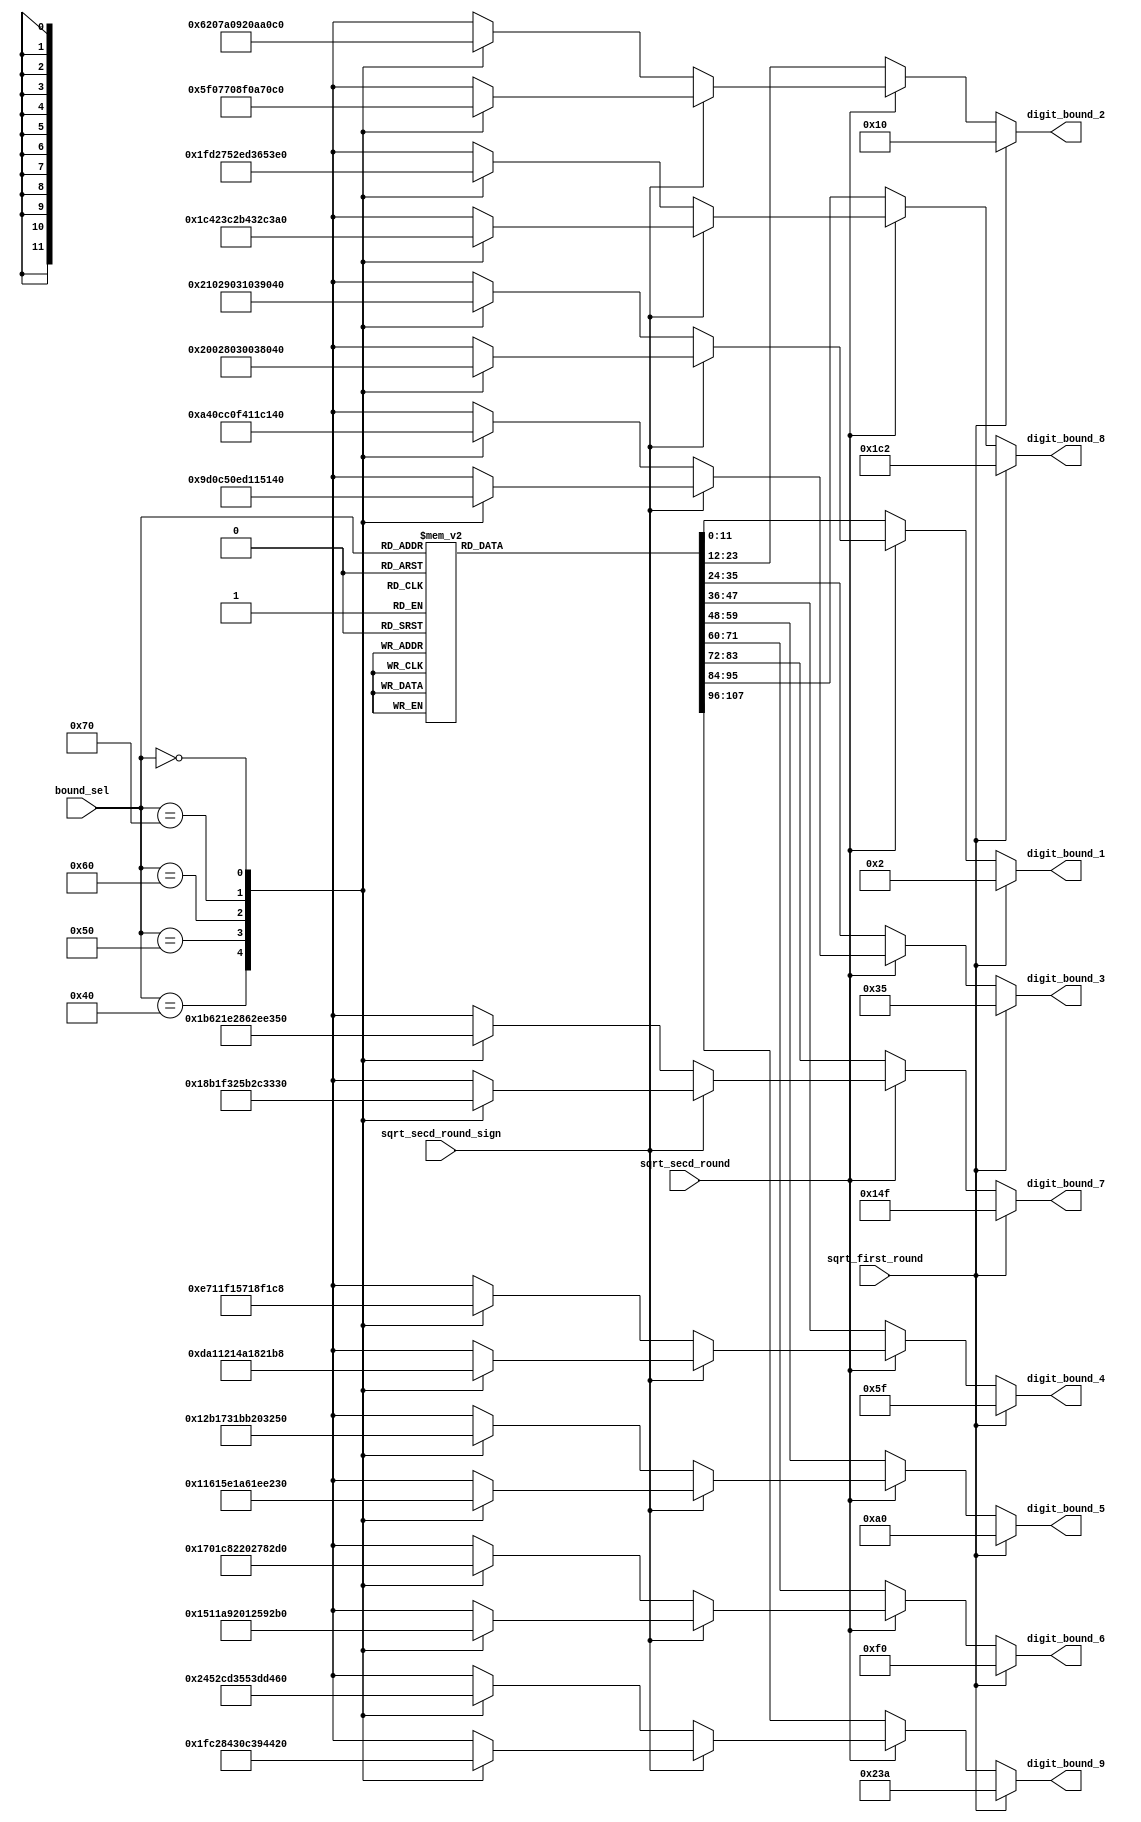
// This program was cloned from: https://github.com/T-head-Semi/openc910
// License: Apache License 2.0

/*Copyright 2019-2021 T-Head Semiconductor Co., Ltd.

Licensed under the Apache License, Version 2.0 (the "License");
you may not use this file except in compliance with the License.
You may obtain a copy of the License at

    http://www.apache.org/licenses/LICENSE-2.0

Unless required by applicable law or agreed to in writing, software
distributed under the License is distributed on an "AS IS" BASIS,
WITHOUT WARRANTIES OR CONDITIONS OF ANY KIND, either express or implied.
See the License for the specific language governing permissions and
limitations under the License.
*/

// &ModuleBeg; @22
module ct_vfdsu_srt_radix16_bound_table(
  bound_sel,
  digit_bound_1,
  digit_bound_2,
  digit_bound_3,
  digit_bound_4,
  digit_bound_5,
  digit_bound_6,
  digit_bound_7,
  digit_bound_8,
  digit_bound_9,
  sqrt_first_round,
  sqrt_secd_round,
  sqrt_secd_round_sign
);

// &Ports; @23
input   [6 :0]  bound_sel;           
input           sqrt_first_round;    
input           sqrt_secd_round;     
input           sqrt_secd_round_sign; 
output  [11:0]  digit_bound_1;       
output  [11:0]  digit_bound_2;       
output  [11:0]  digit_bound_3;       
output  [11:0]  digit_bound_4;       
output  [11:0]  digit_bound_5;       
output  [11:0]  digit_bound_6;       
output  [11:0]  digit_bound_7;       
output  [11:0]  digit_bound_8;       
output  [11:0]  digit_bound_9;       

// &Regs; @24
reg     [11:0]  ori_digit_bound_1;   
reg     [11:0]  ori_digit_bound_2;   
reg     [11:0]  ori_digit_bound_3;   
reg     [11:0]  ori_digit_bound_4;   
reg     [11:0]  ori_digit_bound_5;   
reg     [11:0]  ori_digit_bound_6;   
reg     [11:0]  ori_digit_bound_7;   
reg     [11:0]  ori_digit_bound_8;   
reg     [11:0]  ori_digit_bound_9;   
reg     [11:0]  sqrt_digit_boundm2_1; 
reg     [11:0]  sqrt_digit_boundm2_2; 
reg     [11:0]  sqrt_digit_boundm2_3; 
reg     [11:0]  sqrt_digit_boundm2_4; 
reg     [11:0]  sqrt_digit_boundm2_5; 
reg     [11:0]  sqrt_digit_boundm2_6; 
reg     [11:0]  sqrt_digit_boundm2_7; 
reg     [11:0]  sqrt_digit_boundm2_8; 
reg     [11:0]  sqrt_digit_boundm2_9; 
reg     [11:0]  sqrt_digit_boundp2_1; 
reg     [11:0]  sqrt_digit_boundp2_2; 
reg     [11:0]  sqrt_digit_boundp2_3; 
reg     [11:0]  sqrt_digit_boundp2_4; 
reg     [11:0]  sqrt_digit_boundp2_5; 
reg     [11:0]  sqrt_digit_boundp2_6; 
reg     [11:0]  sqrt_digit_boundp2_7; 
reg     [11:0]  sqrt_digit_boundp2_8; 
reg     [11:0]  sqrt_digit_boundp2_9; 

// &Wires; @25
wire    [6 :0]  bound_sel;           
wire    [11:0]  digit_bound_1;       
wire    [11:0]  digit_bound_2;       
wire    [11:0]  digit_bound_3;       
wire    [11:0]  digit_bound_4;       
wire    [11:0]  digit_bound_5;       
wire    [11:0]  digit_bound_6;       
wire    [11:0]  digit_bound_7;       
wire    [11:0]  digit_bound_8;       
wire    [11:0]  digit_bound_9;       
wire    [11:0]  sqrt_digit_bound2_1; 
wire    [11:0]  sqrt_digit_bound2_2; 
wire    [11:0]  sqrt_digit_bound2_3; 
wire    [11:0]  sqrt_digit_bound2_4; 
wire    [11:0]  sqrt_digit_bound2_5; 
wire    [11:0]  sqrt_digit_bound2_6; 
wire    [11:0]  sqrt_digit_bound2_7; 
wire    [11:0]  sqrt_digit_bound2_8; 
wire    [11:0]  sqrt_digit_bound2_9; 
wire            sqrt_first_round;    
wire            sqrt_secd_round;     
wire            sqrt_secd_round_sign; 


// &CombBeg; @27
always @( bound_sel[6:0])
begin
case(bound_sel[6:0])
  	7'h40:
	begin
		ori_digit_bound_1[11:0] = 12'h1b;//27
		ori_digit_bound_2[11:0] = 12'h5c;//92
		ori_digit_bound_3[11:0] = 12'h9d;//157
		ori_digit_bound_4[11:0] = 12'hde;//222
		ori_digit_bound_5[11:0] = 12'h120;//288
		ori_digit_bound_6[11:0] = 12'h161;//353
		ori_digit_bound_7[11:0] = 12'h1a2;//418
		ori_digit_bound_8[11:0] = 12'h1e3;//483
		ori_digit_bound_9[11:0] = 12'h225;//549

	end
	7'h41:
	begin
		ori_digit_bound_1[11:0] = 12'h1b;//27
		ori_digit_bound_2[11:0] = 12'h5d;//93
		ori_digit_bound_3[11:0] = 12'ha0;//160
		ori_digit_bound_4[11:0] = 12'he2;//226
		ori_digit_bound_5[11:0] = 12'h124;//292
		ori_digit_bound_6[11:0] = 12'h166;//358
		ori_digit_bound_7[11:0] = 12'h1a9;//425
		ori_digit_bound_8[11:0] = 12'h1eb;//491
		ori_digit_bound_9[11:0] = 12'h22d;//557

	end
	7'h42:
	begin
		ori_digit_bound_1[11:0] = 12'h1b;//27
		ori_digit_bound_2[11:0] = 12'h5f;//95
		ori_digit_bound_3[11:0] = 12'ha2;//162
		ori_digit_bound_4[11:0] = 12'he5;//229
		ori_digit_bound_5[11:0] = 12'h128;//296
		ori_digit_bound_6[11:0] = 12'h16c;//364
		ori_digit_bound_7[11:0] = 12'h1af;//431
		ori_digit_bound_8[11:0] = 12'h1f2;//498
		ori_digit_bound_9[11:0] = 12'h236;//566

	end
	7'h43:
	begin
		ori_digit_bound_1[11:0] = 12'h1c;//28
		ori_digit_bound_2[11:0] = 12'h60;//96
		ori_digit_bound_3[11:0] = 12'ha4;//164
		ori_digit_bound_4[11:0] = 12'he9;//233
		ori_digit_bound_5[11:0] = 12'h12d;//301
		ori_digit_bound_6[11:0] = 12'h171;//369
		ori_digit_bound_7[11:0] = 12'h1b5;//437
		ori_digit_bound_8[11:0] = 12'h1fa;//506
		ori_digit_bound_9[11:0] = 12'h23e;//574

	end
	7'h44:
	begin
		ori_digit_bound_1[11:0] = 12'h1c;//28
		ori_digit_bound_2[11:0] = 12'h61;//97
		ori_digit_bound_3[11:0] = 12'ha7;//167
		ori_digit_bound_4[11:0] = 12'hec;//236
		ori_digit_bound_5[11:0] = 12'h131;//305
		ori_digit_bound_6[11:0] = 12'h177;//375
		ori_digit_bound_7[11:0] = 12'h1bc;//444
		ori_digit_bound_8[11:0] = 12'h201;//513
		ori_digit_bound_9[11:0] = 12'h246;//582

	end
	7'h45:
	begin
		ori_digit_bound_1[11:0] = 12'h1d;//29
		ori_digit_bound_2[11:0] = 12'h63;//99
		ori_digit_bound_3[11:0] = 12'ha9;//169
		ori_digit_bound_4[11:0] = 12'hef;//239
		ori_digit_bound_5[11:0] = 12'h136;//310
		ori_digit_bound_6[11:0] = 12'h17c;//380
		ori_digit_bound_7[11:0] = 12'h1c2;//450
		ori_digit_bound_8[11:0] = 12'h208;//520
		ori_digit_bound_9[11:0] = 12'h24f;//591

	end
	7'h46:
	begin
		ori_digit_bound_1[11:0] = 12'h1d;//29
		ori_digit_bound_2[11:0] = 12'h64;//100
		ori_digit_bound_3[11:0] = 12'hac;//172
		ori_digit_bound_4[11:0] = 12'hf3;//243
		ori_digit_bound_5[11:0] = 12'h13a;//314
		ori_digit_bound_6[11:0] = 12'h181;//385
		ori_digit_bound_7[11:0] = 12'h1c9;//457
		ori_digit_bound_8[11:0] = 12'h210;//528
		ori_digit_bound_9[11:0] = 12'h257;//599

	end
	7'h47:
	begin
		ori_digit_bound_1[11:0] = 12'h1d;//29
		ori_digit_bound_2[11:0] = 12'h66;//102
		ori_digit_bound_3[11:0] = 12'hae;//174
		ori_digit_bound_4[11:0] = 12'hf6;//246
		ori_digit_bound_5[11:0] = 12'h13e;//318
		ori_digit_bound_6[11:0] = 12'h187;//391
		ori_digit_bound_7[11:0] = 12'h1cf;//463
		ori_digit_bound_8[11:0] = 12'h217;//535
		ori_digit_bound_9[11:0] = 12'h260;//608

	end
	7'h48:
	begin
		ori_digit_bound_1[11:0] = 12'h1e;//30
		ori_digit_bound_2[11:0] = 12'h67;//103
		ori_digit_bound_3[11:0] = 12'hb0;//176
		ori_digit_bound_4[11:0] = 12'hfa;//250
		ori_digit_bound_5[11:0] = 12'h143;//323
		ori_digit_bound_6[11:0] = 12'h18c;//396
		ori_digit_bound_7[11:0] = 12'h1d5;//469
		ori_digit_bound_8[11:0] = 12'h21f;//543
		ori_digit_bound_9[11:0] = 12'h268;//616

	end
	7'h49:
	begin
		ori_digit_bound_1[11:0] = 12'h1e;//30
		ori_digit_bound_2[11:0] = 12'h68;//104
		ori_digit_bound_3[11:0] = 12'hb3;//179
		ori_digit_bound_4[11:0] = 12'hfd;//253
		ori_digit_bound_5[11:0] = 12'h147;//327
		ori_digit_bound_6[11:0] = 12'h192;//402
		ori_digit_bound_7[11:0] = 12'h1dc;//476
		ori_digit_bound_8[11:0] = 12'h226;//550
		ori_digit_bound_9[11:0] = 12'h270;//624

	end
	7'h4a:
	begin
		ori_digit_bound_1[11:0] = 12'h1f;//31
		ori_digit_bound_2[11:0] = 12'h6a;//106
		ori_digit_bound_3[11:0] = 12'hb5;//181
		ori_digit_bound_4[11:0] = 12'h100;//256
		ori_digit_bound_5[11:0] = 12'h14c;//332
		ori_digit_bound_6[11:0] = 12'h197;//407
		ori_digit_bound_7[11:0] = 12'h1e2;//482
		ori_digit_bound_8[11:0] = 12'h22d;//557
		ori_digit_bound_9[11:0] = 12'h279;//633

	end
	7'h4b:
	begin
		ori_digit_bound_1[11:0] = 12'h1f;//31
		ori_digit_bound_2[11:0] = 12'h6b;//107
		ori_digit_bound_3[11:0] = 12'hb8;//184
		ori_digit_bound_4[11:0] = 12'h104;//260
		ori_digit_bound_5[11:0] = 12'h150;//336
		ori_digit_bound_6[11:0] = 12'h19c;//412
		ori_digit_bound_7[11:0] = 12'h1e9;//489
		ori_digit_bound_8[11:0] = 12'h235;//565
		ori_digit_bound_9[11:0] = 12'h281;//641

	end
	7'h4c:
	begin
		ori_digit_bound_1[11:0] = 12'h1f;//31
		ori_digit_bound_2[11:0] = 12'h6d;//109
		ori_digit_bound_3[11:0] = 12'hba;//186
		ori_digit_bound_4[11:0] = 12'h107;//263
		ori_digit_bound_5[11:0] = 12'h154;//340
		ori_digit_bound_6[11:0] = 12'h1a2;//418
		ori_digit_bound_7[11:0] = 12'h1ef;//495
		ori_digit_bound_8[11:0] = 12'h23c;//572
		ori_digit_bound_9[11:0] = 12'h28a;//650

	end
	7'h4d:
	begin
		ori_digit_bound_1[11:0] = 12'h20;//32
		ori_digit_bound_2[11:0] = 12'h6e;//110
		ori_digit_bound_3[11:0] = 12'hbc;//188
		ori_digit_bound_4[11:0] = 12'h10b;//267
		ori_digit_bound_5[11:0] = 12'h159;//345
		ori_digit_bound_6[11:0] = 12'h1a7;//423
		ori_digit_bound_7[11:0] = 12'h1f5;//501
		ori_digit_bound_8[11:0] = 12'h244;//580
		ori_digit_bound_9[11:0] = 12'h292;//658

	end
	7'h4e:
	begin
		ori_digit_bound_1[11:0] = 12'h20;//32
		ori_digit_bound_2[11:0] = 12'h6f;//111
		ori_digit_bound_3[11:0] = 12'hbf;//191
		ori_digit_bound_4[11:0] = 12'h10e;//270
		ori_digit_bound_5[11:0] = 12'h15d;//349
		ori_digit_bound_6[11:0] = 12'h1ad;//429
		ori_digit_bound_7[11:0] = 12'h1fc;//508
		ori_digit_bound_8[11:0] = 12'h24b;//587
		ori_digit_bound_9[11:0] = 12'h29a;//666

	end
	7'h4f:
	begin
		ori_digit_bound_1[11:0] = 12'h21;//33
		ori_digit_bound_2[11:0] = 12'h71;//113
		ori_digit_bound_3[11:0] = 12'hc1;//193
		ori_digit_bound_4[11:0] = 12'h111;//273
		ori_digit_bound_5[11:0] = 12'h162;//354
		ori_digit_bound_6[11:0] = 12'h1b2;//434
		ori_digit_bound_7[11:0] = 12'h202;//514
		ori_digit_bound_8[11:0] = 12'h252;//594
		ori_digit_bound_9[11:0] = 12'h2a3;//675

	end
	7'h50:
	begin
		ori_digit_bound_1[11:0] = 12'h21;//33
		ori_digit_bound_2[11:0] = 12'h72;//114
		ori_digit_bound_3[11:0] = 12'hc4;//196
		ori_digit_bound_4[11:0] = 12'h115;//277
		ori_digit_bound_5[11:0] = 12'h166;//358
		ori_digit_bound_6[11:0] = 12'h1b7;//439
		ori_digit_bound_7[11:0] = 12'h209;//521
		ori_digit_bound_8[11:0] = 12'h25a;//602
		ori_digit_bound_9[11:0] = 12'h2ab;//683

	end
	7'h51:
	begin
		ori_digit_bound_1[11:0] = 12'h21;//33
		ori_digit_bound_2[11:0] = 12'h74;//116
		ori_digit_bound_3[11:0] = 12'hc6;//198
		ori_digit_bound_4[11:0] = 12'h118;//280
		ori_digit_bound_5[11:0] = 12'h16a;//362
		ori_digit_bound_6[11:0] = 12'h1bd;//445
		ori_digit_bound_7[11:0] = 12'h20f;//527
		ori_digit_bound_8[11:0] = 12'h261;//609
		ori_digit_bound_9[11:0] = 12'h2b4;//692

	end
	7'h52:
	begin
		ori_digit_bound_1[11:0] = 12'h22;//34
		ori_digit_bound_2[11:0] = 12'h75;//117
		ori_digit_bound_3[11:0] = 12'hc8;//200
		ori_digit_bound_4[11:0] = 12'h11c;//284
		ori_digit_bound_5[11:0] = 12'h16f;//367
		ori_digit_bound_6[11:0] = 12'h1c2;//450
		ori_digit_bound_7[11:0] = 12'h215;//533
		ori_digit_bound_8[11:0] = 12'h269;//617
		ori_digit_bound_9[11:0] = 12'h2bc;//700

	end
	7'h53:
	begin
		ori_digit_bound_1[11:0] = 12'h22;//34
		ori_digit_bound_2[11:0] = 12'h76;//118
		ori_digit_bound_3[11:0] = 12'hcb;//203
		ori_digit_bound_4[11:0] = 12'h11f;//287
		ori_digit_bound_5[11:0] = 12'h173;//371
		ori_digit_bound_6[11:0] = 12'h1c8;//456
		ori_digit_bound_7[11:0] = 12'h21c;//540
		ori_digit_bound_8[11:0] = 12'h270;//624
		ori_digit_bound_9[11:0] = 12'h2c4;//708

	end
	7'h54:
	begin
		ori_digit_bound_1[11:0] = 12'h23;//35
		ori_digit_bound_2[11:0] = 12'h78;//120
		ori_digit_bound_3[11:0] = 12'hcd;//205
		ori_digit_bound_4[11:0] = 12'h122;//290
		ori_digit_bound_5[11:0] = 12'h178;//376
		ori_digit_bound_6[11:0] = 12'h1cd;//461
		ori_digit_bound_7[11:0] = 12'h222;//546
		ori_digit_bound_8[11:0] = 12'h277;//631
		ori_digit_bound_9[11:0] = 12'h2cd;//717

	end
	7'h55:
	begin
		ori_digit_bound_1[11:0] = 12'h23;//35
		ori_digit_bound_2[11:0] = 12'h79;//121
		ori_digit_bound_3[11:0] = 12'hd0;//208
		ori_digit_bound_4[11:0] = 12'h126;//294
		ori_digit_bound_5[11:0] = 12'h17c;//380
		ori_digit_bound_6[11:0] = 12'h1d2;//466
		ori_digit_bound_7[11:0] = 12'h229;//553
		ori_digit_bound_8[11:0] = 12'h27f;//639
		ori_digit_bound_9[11:0] = 12'h2d5;//725

	end
	7'h56:
	begin
		ori_digit_bound_1[11:0] = 12'h23;//35
		ori_digit_bound_2[11:0] = 12'h7b;//123
		ori_digit_bound_3[11:0] = 12'hd2;//210
		ori_digit_bound_4[11:0] = 12'h129;//297
		ori_digit_bound_5[11:0] = 12'h180;//384
		ori_digit_bound_6[11:0] = 12'h1d8;//472
		ori_digit_bound_7[11:0] = 12'h22f;//559
		ori_digit_bound_8[11:0] = 12'h286;//646
		ori_digit_bound_9[11:0] = 12'h2de;//734

	end
	7'h57:
	begin
		ori_digit_bound_1[11:0] = 12'h24;//36
		ori_digit_bound_2[11:0] = 12'h7c;//124
		ori_digit_bound_3[11:0] = 12'hd4;//212
		ori_digit_bound_4[11:0] = 12'h12d;//301
		ori_digit_bound_5[11:0] = 12'h185;//389
		ori_digit_bound_6[11:0] = 12'h1dd;//477
		ori_digit_bound_7[11:0] = 12'h235;//565
		ori_digit_bound_8[11:0] = 12'h28e;//654
		ori_digit_bound_9[11:0] = 12'h2e6;//742

	end
	7'h58:
	begin
		ori_digit_bound_1[11:0] = 12'h24;//36
		ori_digit_bound_2[11:0] = 12'h7d;//125
		ori_digit_bound_3[11:0] = 12'hd7;//215
		ori_digit_bound_4[11:0] = 12'h130;//304
		ori_digit_bound_5[11:0] = 12'h189;//393
		ori_digit_bound_6[11:0] = 12'h1e3;//483
		ori_digit_bound_7[11:0] = 12'h23c;//572
		ori_digit_bound_8[11:0] = 12'h295;//661
		ori_digit_bound_9[11:0] = 12'h2ee;//750

	end
	7'h59:
	begin
		ori_digit_bound_1[11:0] = 12'h25;//37
		ori_digit_bound_2[11:0] = 12'h7f;//127
		ori_digit_bound_3[11:0] = 12'hd9;//217
		ori_digit_bound_4[11:0] = 12'h133;//307
		ori_digit_bound_5[11:0] = 12'h18e;//398
		ori_digit_bound_6[11:0] = 12'h1e8;//488
		ori_digit_bound_7[11:0] = 12'h242;//578
		ori_digit_bound_8[11:0] = 12'h29c;//668
		ori_digit_bound_9[11:0] = 12'h2f7;//759

	end
	7'h5a:
	begin
		ori_digit_bound_1[11:0] = 12'h25;//37
		ori_digit_bound_2[11:0] = 12'h80;//128
		ori_digit_bound_3[11:0] = 12'hdc;//220
		ori_digit_bound_4[11:0] = 12'h137;//311
		ori_digit_bound_5[11:0] = 12'h192;//402
		ori_digit_bound_6[11:0] = 12'h1ed;//493
		ori_digit_bound_7[11:0] = 12'h249;//585
		ori_digit_bound_8[11:0] = 12'h2a4;//676
		ori_digit_bound_9[11:0] = 12'h2ff;//767

	end
	7'h5b:
	begin
		ori_digit_bound_1[11:0] = 12'h25;//37
		ori_digit_bound_2[11:0] = 12'h82;//130
		ori_digit_bound_3[11:0] = 12'hde;//222
		ori_digit_bound_4[11:0] = 12'h13a;//314
		ori_digit_bound_5[11:0] = 12'h196;//406
		ori_digit_bound_6[11:0] = 12'h1f3;//499
		ori_digit_bound_7[11:0] = 12'h24f;//591
		ori_digit_bound_8[11:0] = 12'h2ab;//683
		ori_digit_bound_9[11:0] = 12'h308;//776

	end
	7'h5c:
	begin
		ori_digit_bound_1[11:0] = 12'h26;//38
		ori_digit_bound_2[11:0] = 12'h83;//131
		ori_digit_bound_3[11:0] = 12'he0;//224
		ori_digit_bound_4[11:0] = 12'h13e;//318
		ori_digit_bound_5[11:0] = 12'h19b;//411
		ori_digit_bound_6[11:0] = 12'h1f8;//504
		ori_digit_bound_7[11:0] = 12'h255;//597
		ori_digit_bound_8[11:0] = 12'h2b3;//691
		ori_digit_bound_9[11:0] = 12'h310;//784

	end
	7'h5d:
	begin
		ori_digit_bound_1[11:0] = 12'h26;//38
		ori_digit_bound_2[11:0] = 12'h84;//132
		ori_digit_bound_3[11:0] = 12'he3;//227
		ori_digit_bound_4[11:0] = 12'h141;//321
		ori_digit_bound_5[11:0] = 12'h19f;//415
		ori_digit_bound_6[11:0] = 12'h1fe;//510
		ori_digit_bound_7[11:0] = 12'h25c;//604
		ori_digit_bound_8[11:0] = 12'h2ba;//698
		ori_digit_bound_9[11:0] = 12'h318;//792

	end
	7'h5e:
	begin
		ori_digit_bound_1[11:0] = 12'h27;//39
		ori_digit_bound_2[11:0] = 12'h86;//134
		ori_digit_bound_3[11:0] = 12'he5;//229
		ori_digit_bound_4[11:0] = 12'h144;//324
		ori_digit_bound_5[11:0] = 12'h1a4;//420
		ori_digit_bound_6[11:0] = 12'h203;//515
		ori_digit_bound_7[11:0] = 12'h262;//610
		ori_digit_bound_8[11:0] = 12'h2c1;//705
		ori_digit_bound_9[11:0] = 12'h321;//801

	end
	7'h5f:
	begin
		ori_digit_bound_1[11:0] = 12'h27;//39
		ori_digit_bound_2[11:0] = 12'h87;//135
		ori_digit_bound_3[11:0] = 12'he8;//232
		ori_digit_bound_4[11:0] = 12'h148;//328
		ori_digit_bound_5[11:0] = 12'h1a8;//424
		ori_digit_bound_6[11:0] = 12'h208;//520
		ori_digit_bound_7[11:0] = 12'h269;//617
		ori_digit_bound_8[11:0] = 12'h2c9;//713
		ori_digit_bound_9[11:0] = 12'h329;//809

	end
	7'h60:
	begin
		ori_digit_bound_1[11:0] = 12'h27;//39
		ori_digit_bound_2[11:0] = 12'h89;//137
		ori_digit_bound_3[11:0] = 12'hea;//234
		ori_digit_bound_4[11:0] = 12'h14b;//331
		ori_digit_bound_5[11:0] = 12'h1ac;//428
		ori_digit_bound_6[11:0] = 12'h20e;//526
		ori_digit_bound_7[11:0] = 12'h26f;//623
		ori_digit_bound_8[11:0] = 12'h2d0;//720
		ori_digit_bound_9[11:0] = 12'h332;//818

	end
	7'h61:
	begin
		ori_digit_bound_1[11:0] = 12'h28;//40
		ori_digit_bound_2[11:0] = 12'h8a;//138
		ori_digit_bound_3[11:0] = 12'hec;//236
		ori_digit_bound_4[11:0] = 12'h14f;//335
		ori_digit_bound_5[11:0] = 12'h1b1;//433
		ori_digit_bound_6[11:0] = 12'h213;//531
		ori_digit_bound_7[11:0] = 12'h275;//629
		ori_digit_bound_8[11:0] = 12'h2d8;//728
		ori_digit_bound_9[11:0] = 12'h33a;//826

	end
	7'h62:
	begin
		ori_digit_bound_1[11:0] = 12'h28;//40
		ori_digit_bound_2[11:0] = 12'h8b;//139
		ori_digit_bound_3[11:0] = 12'hef;//239
		ori_digit_bound_4[11:0] = 12'h152;//338
		ori_digit_bound_5[11:0] = 12'h1b5;//437
		ori_digit_bound_6[11:0] = 12'h219;//537
		ori_digit_bound_7[11:0] = 12'h27c;//636
		ori_digit_bound_8[11:0] = 12'h2df;//735
		ori_digit_bound_9[11:0] = 12'h342;//834

	end
	7'h63:
	begin
		ori_digit_bound_1[11:0] = 12'h29;//41
		ori_digit_bound_2[11:0] = 12'h8d;//141
		ori_digit_bound_3[11:0] = 12'hf1;//241
		ori_digit_bound_4[11:0] = 12'h155;//341
		ori_digit_bound_5[11:0] = 12'h1ba;//442
		ori_digit_bound_6[11:0] = 12'h21e;//542
		ori_digit_bound_7[11:0] = 12'h282;//642
		ori_digit_bound_8[11:0] = 12'h2e6;//742
		ori_digit_bound_9[11:0] = 12'h34b;//843

	end
	7'h64:
	begin
		ori_digit_bound_1[11:0] = 12'h29;//41
		ori_digit_bound_2[11:0] = 12'h8e;//142
		ori_digit_bound_3[11:0] = 12'hf4;//244
		ori_digit_bound_4[11:0] = 12'h159;//345
		ori_digit_bound_5[11:0] = 12'h1be;//446
		ori_digit_bound_6[11:0] = 12'h223;//547
		ori_digit_bound_7[11:0] = 12'h289;//649
		ori_digit_bound_8[11:0] = 12'h2ee;//750
		ori_digit_bound_9[11:0] = 12'h353;//851

	end
	7'h65:
	begin
		ori_digit_bound_1[11:0] = 12'h29;//41
		ori_digit_bound_2[11:0] = 12'h90;//144
		ori_digit_bound_3[11:0] = 12'hf6;//246
		ori_digit_bound_4[11:0] = 12'h15c;//348
		ori_digit_bound_5[11:0] = 12'h1c2;//450
		ori_digit_bound_6[11:0] = 12'h229;//553
		ori_digit_bound_7[11:0] = 12'h28f;//655
		ori_digit_bound_8[11:0] = 12'h2f5;//757
		ori_digit_bound_9[11:0] = 12'h35c;//860

	end
	7'h66:
	begin
		ori_digit_bound_1[11:0] = 12'h2a;//42
		ori_digit_bound_2[11:0] = 12'h91;//145
		ori_digit_bound_3[11:0] = 12'hf8;//248
		ori_digit_bound_4[11:0] = 12'h160;//352
		ori_digit_bound_5[11:0] = 12'h1c7;//455
		ori_digit_bound_6[11:0] = 12'h22e;//558
		ori_digit_bound_7[11:0] = 12'h295;//661
		ori_digit_bound_8[11:0] = 12'h2fd;//765
		ori_digit_bound_9[11:0] = 12'h364;//868

	end
	7'h67:
	begin
		ori_digit_bound_1[11:0] = 12'h2a;//42
		ori_digit_bound_2[11:0] = 12'h92;//146
		ori_digit_bound_3[11:0] = 12'hfb;//251
		ori_digit_bound_4[11:0] = 12'h163;//355
		ori_digit_bound_5[11:0] = 12'h1cb;//459
		ori_digit_bound_6[11:0] = 12'h234;//564
		ori_digit_bound_7[11:0] = 12'h29c;//668
		ori_digit_bound_8[11:0] = 12'h304;//772
		ori_digit_bound_9[11:0] = 12'h36c;//876

	end
	7'h68:
	begin
		ori_digit_bound_1[11:0] = 12'h2b;//43
		ori_digit_bound_2[11:0] = 12'h94;//148
		ori_digit_bound_3[11:0] = 12'hfd;//253
		ori_digit_bound_4[11:0] = 12'h166;//358
		ori_digit_bound_5[11:0] = 12'h1d0;//464
		ori_digit_bound_6[11:0] = 12'h239;//569
		ori_digit_bound_7[11:0] = 12'h2a2;//674
		ori_digit_bound_8[11:0] = 12'h30b;//779
		ori_digit_bound_9[11:0] = 12'h375;//885

	end
	7'h69:
	begin
		ori_digit_bound_1[11:0] = 12'h2b;//43
		ori_digit_bound_2[11:0] = 12'h95;//149
		ori_digit_bound_3[11:0] = 12'h100;//256
		ori_digit_bound_4[11:0] = 12'h16a;//362
		ori_digit_bound_5[11:0] = 12'h1d4;//468
		ori_digit_bound_6[11:0] = 12'h23e;//574
		ori_digit_bound_7[11:0] = 12'h2a9;//681
		ori_digit_bound_8[11:0] = 12'h313;//787
		ori_digit_bound_9[11:0] = 12'h37d;//893

	end
	7'h6a:
	begin
		ori_digit_bound_1[11:0] = 12'h2b;//43
		ori_digit_bound_2[11:0] = 12'h97;//151
		ori_digit_bound_3[11:0] = 12'h102;//258
		ori_digit_bound_4[11:0] = 12'h16d;//365
		ori_digit_bound_5[11:0] = 12'h1d8;//472
		ori_digit_bound_6[11:0] = 12'h244;//580
		ori_digit_bound_7[11:0] = 12'h2af;//687
		ori_digit_bound_8[11:0] = 12'h31a;//794
		ori_digit_bound_9[11:0] = 12'h386;//902

	end
	7'h6b:
	begin
		ori_digit_bound_1[11:0] = 12'h2c;//44
		ori_digit_bound_2[11:0] = 12'h98;//152
		ori_digit_bound_3[11:0] = 12'h104;//260
		ori_digit_bound_4[11:0] = 12'h171;//369
		ori_digit_bound_5[11:0] = 12'h1dd;//477
		ori_digit_bound_6[11:0] = 12'h249;//585
		ori_digit_bound_7[11:0] = 12'h2b5;//693
		ori_digit_bound_8[11:0] = 12'h322;//802
		ori_digit_bound_9[11:0] = 12'h38e;//910

	end
	7'h6c:
	begin
		ori_digit_bound_1[11:0] = 12'h2c;//44
		ori_digit_bound_2[11:0] = 12'h99;//153
		ori_digit_bound_3[11:0] = 12'h107;//263
		ori_digit_bound_4[11:0] = 12'h174;//372
		ori_digit_bound_5[11:0] = 12'h1e1;//481
		ori_digit_bound_6[11:0] = 12'h24f;//591
		ori_digit_bound_7[11:0] = 12'h2bc;//700
		ori_digit_bound_8[11:0] = 12'h329;//809
		ori_digit_bound_9[11:0] = 12'h396;//918

	end
	7'h6d:
	begin
		ori_digit_bound_1[11:0] = 12'h2d;//45
		ori_digit_bound_2[11:0] = 12'h9b;//155
		ori_digit_bound_3[11:0] = 12'h109;//265
		ori_digit_bound_4[11:0] = 12'h177;//375
		ori_digit_bound_5[11:0] = 12'h1e6;//486
		ori_digit_bound_6[11:0] = 12'h254;//596
		ori_digit_bound_7[11:0] = 12'h2c2;//706
		ori_digit_bound_8[11:0] = 12'h330;//816
		ori_digit_bound_9[11:0] = 12'h39f;//927

	end
	7'h6e:
	begin
		ori_digit_bound_1[11:0] = 12'h2d;//45
		ori_digit_bound_2[11:0] = 12'h9c;//156
		ori_digit_bound_3[11:0] = 12'h10c;//268
		ori_digit_bound_4[11:0] = 12'h17b;//379
		ori_digit_bound_5[11:0] = 12'h1ea;//490
		ori_digit_bound_6[11:0] = 12'h259;//601
		ori_digit_bound_7[11:0] = 12'h2c9;//713
		ori_digit_bound_8[11:0] = 12'h338;//824
		ori_digit_bound_9[11:0] = 12'h3a7;//935

	end
	7'h6f:
	begin
		ori_digit_bound_1[11:0] = 12'h2d;//45
		ori_digit_bound_2[11:0] = 12'h9e;//158
		ori_digit_bound_3[11:0] = 12'h10e;//270
		ori_digit_bound_4[11:0] = 12'h17e;//382
		ori_digit_bound_5[11:0] = 12'h1ee;//494
		ori_digit_bound_6[11:0] = 12'h25f;//607
		ori_digit_bound_7[11:0] = 12'h2cf;//719
		ori_digit_bound_8[11:0] = 12'h33f;//831
		ori_digit_bound_9[11:0] = 12'h3b0;//944

	end
	7'h70:
	begin
		ori_digit_bound_1[11:0] = 12'h2e;//46
		ori_digit_bound_2[11:0] = 12'h9f;//159
		ori_digit_bound_3[11:0] = 12'h110;//272
		ori_digit_bound_4[11:0] = 12'h182;//386
		ori_digit_bound_5[11:0] = 12'h1f3;//499
		ori_digit_bound_6[11:0] = 12'h264;//612
		ori_digit_bound_7[11:0] = 12'h2d5;//725
		ori_digit_bound_8[11:0] = 12'h347;//839
		ori_digit_bound_9[11:0] = 12'h3b8;//952

	end
	7'h71:
	begin
		ori_digit_bound_1[11:0] = 12'h2e;//46
		ori_digit_bound_2[11:0] = 12'ha0;//160
		ori_digit_bound_3[11:0] = 12'h113;//275
		ori_digit_bound_4[11:0] = 12'h185;//389
		ori_digit_bound_5[11:0] = 12'h1f7;//503
		ori_digit_bound_6[11:0] = 12'h26a;//618
		ori_digit_bound_7[11:0] = 12'h2dc;//732
		ori_digit_bound_8[11:0] = 12'h34e;//846
		ori_digit_bound_9[11:0] = 12'h3c0;//960

	end
	7'h72:
	begin
		ori_digit_bound_1[11:0] = 12'h2f;//47
		ori_digit_bound_2[11:0] = 12'ha2;//162
		ori_digit_bound_3[11:0] = 12'h115;//277
		ori_digit_bound_4[11:0] = 12'h188;//392
		ori_digit_bound_5[11:0] = 12'h1fc;//508
		ori_digit_bound_6[11:0] = 12'h26f;//623
		ori_digit_bound_7[11:0] = 12'h2e2;//738
		ori_digit_bound_8[11:0] = 12'h355;//853
		ori_digit_bound_9[11:0] = 12'h3c9;//969

	end
	7'h73:
	begin
		ori_digit_bound_1[11:0] = 12'h2f;//47
		ori_digit_bound_2[11:0] = 12'ha3;//163
		ori_digit_bound_3[11:0] = 12'h118;//280
		ori_digit_bound_4[11:0] = 12'h18c;//396
		ori_digit_bound_5[11:0] = 12'h200;//512
		ori_digit_bound_6[11:0] = 12'h274;//628
		ori_digit_bound_7[11:0] = 12'h2e9;//745
		ori_digit_bound_8[11:0] = 12'h35d;//861
		ori_digit_bound_9[11:0] = 12'h3d1;//977

	end
	7'h74:
	begin
		ori_digit_bound_1[11:0] = 12'h2f;//47
		ori_digit_bound_2[11:0] = 12'ha5;//165
		ori_digit_bound_3[11:0] = 12'h11a;//282
		ori_digit_bound_4[11:0] = 12'h18f;//399
		ori_digit_bound_5[11:0] = 12'h204;//516
		ori_digit_bound_6[11:0] = 12'h27a;//634
		ori_digit_bound_7[11:0] = 12'h2ef;//751
		ori_digit_bound_8[11:0] = 12'h364;//868
		ori_digit_bound_9[11:0] = 12'h3da;//986

	end
	7'h75:
	begin
		ori_digit_bound_1[11:0] = 12'h30;//48
		ori_digit_bound_2[11:0] = 12'ha6;//166
		ori_digit_bound_3[11:0] = 12'h11c;//284
		ori_digit_bound_4[11:0] = 12'h193;//403
		ori_digit_bound_5[11:0] = 12'h209;//521
		ori_digit_bound_6[11:0] = 12'h27f;//639
		ori_digit_bound_7[11:0] = 12'h2f5;//757
		ori_digit_bound_8[11:0] = 12'h36c;//876
		ori_digit_bound_9[11:0] = 12'h3e2;//994

	end
	7'h76:
	begin
		ori_digit_bound_1[11:0] = 12'h30;//48
		ori_digit_bound_2[11:0] = 12'ha7;//167
		ori_digit_bound_3[11:0] = 12'h11f;//287
		ori_digit_bound_4[11:0] = 12'h196;//406
		ori_digit_bound_5[11:0] = 12'h20d;//525
		ori_digit_bound_6[11:0] = 12'h285;//645
		ori_digit_bound_7[11:0] = 12'h2fc;//764
		ori_digit_bound_8[11:0] = 12'h373;//883
		ori_digit_bound_9[11:0] = 12'h3ea;//1002

	end
	7'h77:
	begin
		ori_digit_bound_1[11:0] = 12'h31;//49
		ori_digit_bound_2[11:0] = 12'ha9;//169
		ori_digit_bound_3[11:0] = 12'h121;//289
		ori_digit_bound_4[11:0] = 12'h199;//409
		ori_digit_bound_5[11:0] = 12'h212;//530
		ori_digit_bound_6[11:0] = 12'h28a;//650
		ori_digit_bound_7[11:0] = 12'h302;//770
		ori_digit_bound_8[11:0] = 12'h37a;//890
		ori_digit_bound_9[11:0] = 12'h3f3;//1011

	end
	7'h78:
	begin
		ori_digit_bound_1[11:0] = 12'h31;//49
		ori_digit_bound_2[11:0] = 12'haa;//170
		ori_digit_bound_3[11:0] = 12'h124;//292
		ori_digit_bound_4[11:0] = 12'h19d;//413
		ori_digit_bound_5[11:0] = 12'h216;//534
		ori_digit_bound_6[11:0] = 12'h28f;//655
		ori_digit_bound_7[11:0] = 12'h309;//777
		ori_digit_bound_8[11:0] = 12'h382;//898
		ori_digit_bound_9[11:0] = 12'h3fb;//1019

	end
	7'h79:
	begin
		ori_digit_bound_1[11:0] = 12'h31;//49
		ori_digit_bound_2[11:0] = 12'hac;//172
		ori_digit_bound_3[11:0] = 12'h126;//294
		ori_digit_bound_4[11:0] = 12'h1a0;//416
		ori_digit_bound_5[11:0] = 12'h21a;//538
		ori_digit_bound_6[11:0] = 12'h295;//661
		ori_digit_bound_7[11:0] = 12'h30f;//783
		ori_digit_bound_8[11:0] = 12'h389;//905
		ori_digit_bound_9[11:0] = 12'h404;//1028

	end
	7'h7a:
	begin
		ori_digit_bound_1[11:0] = 12'h32;//50
		ori_digit_bound_2[11:0] = 12'had;//173
		ori_digit_bound_3[11:0] = 12'h128;//296
		ori_digit_bound_4[11:0] = 12'h1a4;//420
		ori_digit_bound_5[11:0] = 12'h21f;//543
		ori_digit_bound_6[11:0] = 12'h29a;//666
		ori_digit_bound_7[11:0] = 12'h315;//789
		ori_digit_bound_8[11:0] = 12'h391;//913
		ori_digit_bound_9[11:0] = 12'h40c;//1036

	end
	7'h7b:
	begin
		ori_digit_bound_1[11:0] = 12'h32;//50
		ori_digit_bound_2[11:0] = 12'hae;//174
		ori_digit_bound_3[11:0] = 12'h12b;//299
		ori_digit_bound_4[11:0] = 12'h1a7;//423
		ori_digit_bound_5[11:0] = 12'h223;//547
		ori_digit_bound_6[11:0] = 12'h2a0;//672
		ori_digit_bound_7[11:0] = 12'h31c;//796
		ori_digit_bound_8[11:0] = 12'h398;//920
		ori_digit_bound_9[11:0] = 12'h414;//1044

	end
	7'h7c:
	begin
		ori_digit_bound_1[11:0] = 12'h33;//51
		ori_digit_bound_2[11:0] = 12'hb0;//176
		ori_digit_bound_3[11:0] = 12'h12d;//301
		ori_digit_bound_4[11:0] = 12'h1aa;//426
		ori_digit_bound_5[11:0] = 12'h228;//552
		ori_digit_bound_6[11:0] = 12'h2a5;//677
		ori_digit_bound_7[11:0] = 12'h322;//802
		ori_digit_bound_8[11:0] = 12'h39f;//927
		ori_digit_bound_9[11:0] = 12'h41d;//1053

	end
	7'h7d:
	begin
		ori_digit_bound_1[11:0] = 12'h33;//51
		ori_digit_bound_2[11:0] = 12'hb1;//177
		ori_digit_bound_3[11:0] = 12'h130;//304
		ori_digit_bound_4[11:0] = 12'h1ae;//430
		ori_digit_bound_5[11:0] = 12'h22c;//556
		ori_digit_bound_6[11:0] = 12'h2aa;//682
		ori_digit_bound_7[11:0] = 12'h329;//809
		ori_digit_bound_8[11:0] = 12'h3a7;//935
		ori_digit_bound_9[11:0] = 12'h425;//1061

	end
	7'h7e:
	begin
		ori_digit_bound_1[11:0] = 12'h33;//51
		ori_digit_bound_2[11:0] = 12'hb3;//179
		ori_digit_bound_3[11:0] = 12'h132;//306
		ori_digit_bound_4[11:0] = 12'h1b1;//433
		ori_digit_bound_5[11:0] = 12'h230;//560
		ori_digit_bound_6[11:0] = 12'h2b0;//688
		ori_digit_bound_7[11:0] = 12'h32f;//815
		ori_digit_bound_8[11:0] = 12'h3ae;//942
		ori_digit_bound_9[11:0] = 12'h42e;//1070

	end
	7'h7f:
	begin
		ori_digit_bound_1[11:0] = 12'h34;//52
		ori_digit_bound_2[11:0] = 12'hb4;//180
		ori_digit_bound_3[11:0] = 12'h134;//308
		ori_digit_bound_4[11:0] = 12'h1b5;//437
		ori_digit_bound_5[11:0] = 12'h235;//565
		ori_digit_bound_6[11:0] = 12'h2b5;//693
		ori_digit_bound_7[11:0] = 12'h335;//821
		ori_digit_bound_8[11:0] = 12'h3b6;//950
		ori_digit_bound_9[11:0] = 12'h436;//1078

	end
	7'h00:
	begin
		ori_digit_bound_1[11:0] = 12'h34;//52
		ori_digit_bound_2[11:0] = 12'hb5;//181
		ori_digit_bound_3[11:0] = 12'h137;//311
		ori_digit_bound_4[11:0] = 12'h1b8;//440
		ori_digit_bound_5[11:0] = 12'h239;//569
		ori_digit_bound_6[11:0] = 12'h2bb;//699
		ori_digit_bound_7[11:0] = 12'h33c;//828
		ori_digit_bound_8[11:0] = 12'h3bd;//957
		ori_digit_bound_9[11:0] = 12'h43e;//1086
	end
  default:
  begin
		ori_digit_bound_1[11:0] = {12{1'bx}};
		ori_digit_bound_2[11:0] = {12{1'bx}};
		ori_digit_bound_3[11:0] = {12{1'bx}};
		ori_digit_bound_4[11:0] = {12{1'bx}};
		ori_digit_bound_5[11:0] = {12{1'bx}};
		ori_digit_bound_6[11:0] = {12{1'bx}};
		ori_digit_bound_7[11:0] = {12{1'bx}};
		ori_digit_bound_8[11:0] = {12{1'bx}};
		ori_digit_bound_9[11:0] = {12{1'bx}};
	end
endcase
// &CombEnd; @886
end
// &CombBeg; @887
always @( bound_sel[6:0])
begin
case(bound_sel[6:0])
	7'h40:
	begin
		sqrt_digit_boundp2_1[11:0] = 12'h21;//33
		sqrt_digit_boundp2_2[11:0] = 12'h62;//98
		sqrt_digit_boundp2_3[11:0] = 12'ha4;//164
		sqrt_digit_boundp2_4[11:0] = 12'he7;//231
		sqrt_digit_boundp2_5[11:0] = 12'h12b;//299
		sqrt_digit_boundp2_6[11:0] = 12'h170;//368
		sqrt_digit_boundp2_7[11:0] = 12'h1b6;//438
		sqrt_digit_boundp2_8[11:0] = 12'h1fd;//509
		sqrt_digit_boundp2_9[11:0] = 12'h245;//581
	end
	7'h50:
	begin
		sqrt_digit_boundp2_1[11:0] = 12'h29;//41
		sqrt_digit_boundp2_2[11:0] = 12'h7a;//122
		sqrt_digit_boundp2_3[11:0] = 12'hcc;//204
		sqrt_digit_boundp2_4[11:0] = 12'h11f;//287
		sqrt_digit_boundp2_5[11:0] = 12'h173;//371
		sqrt_digit_boundp2_6[11:0] = 12'h1c8;//456
		sqrt_digit_boundp2_7[11:0] = 12'h21e;//542
		sqrt_digit_boundp2_8[11:0] = 12'h275;//629
		sqrt_digit_boundp2_9[11:0] = 12'h2cd;//717
	end
	7'h60:
	begin
		sqrt_digit_boundp2_1[11:0] = 12'h31;//49
		sqrt_digit_boundp2_2[11:0] = 12'h92;//146
		sqrt_digit_boundp2_3[11:0] = 12'hf4;//244
		sqrt_digit_boundp2_4[11:0] = 12'h157;//343
		sqrt_digit_boundp2_5[11:0] = 12'h1bb;//443
		sqrt_digit_boundp2_6[11:0] = 12'h220;//544
		sqrt_digit_boundp2_7[11:0] = 12'h286;//646
		sqrt_digit_boundp2_8[11:0] = 12'h2ed;//749
		sqrt_digit_boundp2_9[11:0] = 12'h355;//853
	end
	7'h70:
	begin
		sqrt_digit_boundp2_1[11:0] = 12'h39;//57
		sqrt_digit_boundp2_2[11:0] = 12'haa;//170
		sqrt_digit_boundp2_3[11:0] = 12'h11c;//284
		sqrt_digit_boundp2_4[11:0] = 12'h18f;//399
		sqrt_digit_boundp2_5[11:0] = 12'h203;//515
		sqrt_digit_boundp2_6[11:0] = 12'h278;//632
		sqrt_digit_boundp2_7[11:0] = 12'h2ee;//750
		sqrt_digit_boundp2_8[11:0] = 12'h365;//869
		sqrt_digit_boundp2_9[11:0] = 12'h3dd;//989
	end
	7'h00:
	begin
		sqrt_digit_boundp2_1[11:0] = 12'h41;//65
		sqrt_digit_boundp2_2[11:0] = 12'hc2;//194
		sqrt_digit_boundp2_3[11:0] = 12'h144;//324
		sqrt_digit_boundp2_4[11:0] = 12'h1c7;//455
		sqrt_digit_boundp2_5[11:0] = 12'h24b;//587
		sqrt_digit_boundp2_6[11:0] = 12'h2d0;//720
		sqrt_digit_boundp2_7[11:0] = 12'h356;//854
		sqrt_digit_boundp2_8[11:0] = 12'h3dd;//989
		sqrt_digit_boundp2_9[11:0] = 12'h465;//1125
	end
  default:
  begin
		sqrt_digit_boundp2_1[11:0] = {12{1'bx}};//-66
		sqrt_digit_boundp2_2[11:0] = {12{1'bx}};//-190
		sqrt_digit_boundp2_3[11:0] = {12{1'bx}};//-324
		sqrt_digit_boundp2_4[11:0] = {12{1'bx}};//-450
		sqrt_digit_boundp2_5[11:0] = {12{1'bx}};//-588
		sqrt_digit_boundp2_6[11:0] = {12{1'bx}};//-720
		sqrt_digit_boundp2_7[11:0] = {12{1'bx}};//-852
		sqrt_digit_boundp2_8[11:0] = {12{1'bx}};//-988
		sqrt_digit_boundp2_9[11:0] = {12{1'bx}};//-1120
	end


endcase
// &CombEnd; @964
end
// &CombBeg; @965
always @( bound_sel[6:0])
begin
case(bound_sel[6:0])
  7'h40:
	begin
		sqrt_digit_boundm2_1[11:0] = 12'h20;//32
		sqrt_digit_boundm2_2[11:0] = 12'h5f;//95
		sqrt_digit_boundm2_3[11:0] = 12'h9d;//157
		sqrt_digit_boundm2_4[11:0] = 12'hda;//218
		sqrt_digit_boundm2_5[11:0] = 12'h116;//278
		sqrt_digit_boundm2_6[11:0] = 12'h151;//337
		sqrt_digit_boundm2_7[11:0] = 12'h18b;//395
		sqrt_digit_boundm2_8[11:0] = 12'h1c4;//452
		sqrt_digit_boundm2_9[11:0] = 12'h1fc;//508
	end
	7'h50:
	begin
		sqrt_digit_boundm2_1[11:0] = 12'h28;//40
		sqrt_digit_boundm2_2[11:0] = 12'h77;//119
		sqrt_digit_boundm2_3[11:0] = 12'hc5;//197
		sqrt_digit_boundm2_4[11:0] = 12'h112;//274
		sqrt_digit_boundm2_5[11:0] = 12'h15e;//350
		sqrt_digit_boundm2_6[11:0] = 12'h1a9;//425
		sqrt_digit_boundm2_7[11:0] = 12'h1f3;//499
		sqrt_digit_boundm2_8[11:0] = 12'h23c;//572
		sqrt_digit_boundm2_9[11:0] = 12'h284;//644
	end
	7'h60:
	begin
		sqrt_digit_boundm2_1[11:0] = 12'h30;//48
		sqrt_digit_boundm2_2[11:0] = 12'h8f;//143
		sqrt_digit_boundm2_3[11:0] = 12'hed;//237
		sqrt_digit_boundm2_4[11:0] = 12'h14a;//330
		sqrt_digit_boundm2_5[11:0] = 12'h1a6;//422
		sqrt_digit_boundm2_6[11:0] = 12'h201;//513
		sqrt_digit_boundm2_7[11:0] = 12'h25b;//603
		sqrt_digit_boundm2_8[11:0] = 12'h2b4;//692
		sqrt_digit_boundm2_9[11:0] = 12'h30c;//780
	end
	7'h70:
	begin
		sqrt_digit_boundm2_1[11:0] = 12'h38;//56
		sqrt_digit_boundm2_2[11:0] = 12'ha7;//167
		sqrt_digit_boundm2_3[11:0] = 12'h115;//277
		sqrt_digit_boundm2_4[11:0] = 12'h182;//386
		sqrt_digit_boundm2_5[11:0] = 12'h1ee;//494
		sqrt_digit_boundm2_6[11:0] = 12'h259;//601
		sqrt_digit_boundm2_7[11:0] = 12'h2c3;//707
		sqrt_digit_boundm2_8[11:0] = 12'h32c;//812
		sqrt_digit_boundm2_9[11:0] = 12'h394;//916
	end
	7'h00:
	begin
		sqrt_digit_boundm2_1[11:0] = 12'h40;//64
		sqrt_digit_boundm2_2[11:0] = 12'hbf;//191
		sqrt_digit_boundm2_3[11:0] = 12'h13d;//317
		sqrt_digit_boundm2_4[11:0] = 12'h1ba;//442
		sqrt_digit_boundm2_5[11:0] = 12'h236;//566
		sqrt_digit_boundm2_6[11:0] = 12'h2b1;//689
		sqrt_digit_boundm2_7[11:0] = 12'h32b;//811
		sqrt_digit_boundm2_8[11:0] = 12'h3a4;//932
		sqrt_digit_boundm2_9[11:0] = 12'h41c;//1052
	end

  default:
  begin
		sqrt_digit_boundm2_1[11:0] = {12{1'bx}};//-66
		sqrt_digit_boundm2_2[11:0] = {12{1'bx}};//-190
		sqrt_digit_boundm2_3[11:0] = {12{1'bx}};//-324
		sqrt_digit_boundm2_4[11:0] = {12{1'bx}};//-450
		sqrt_digit_boundm2_5[11:0] = {12{1'bx}};//-588
		sqrt_digit_boundm2_6[11:0] = {12{1'bx}};//-720
		sqrt_digit_boundm2_7[11:0] = {12{1'bx}};//-852
		sqrt_digit_boundm2_8[11:0] = {12{1'bx}};//-988
		sqrt_digit_boundm2_9[11:0] = {12{1'bx}};//-1120
	end
endcase
// &CombEnd; @1041
end
assign sqrt_digit_bound2_1[11:0] = sqrt_secd_round_sign ? sqrt_digit_boundm2_1[11:0] : sqrt_digit_boundp2_1[11:0];
assign sqrt_digit_bound2_2[11:0] = sqrt_secd_round_sign ? sqrt_digit_boundm2_2[11:0] : sqrt_digit_boundp2_2[11:0];
assign sqrt_digit_bound2_3[11:0] = sqrt_secd_round_sign ? sqrt_digit_boundm2_3[11:0] : sqrt_digit_boundp2_3[11:0];
assign sqrt_digit_bound2_4[11:0] = sqrt_secd_round_sign ? sqrt_digit_boundm2_4[11:0] : sqrt_digit_boundp2_4[11:0];
assign sqrt_digit_bound2_5[11:0] = sqrt_secd_round_sign ? sqrt_digit_boundm2_5[11:0] : sqrt_digit_boundp2_5[11:0];
assign sqrt_digit_bound2_6[11:0] = sqrt_secd_round_sign ? sqrt_digit_boundm2_6[11:0] : sqrt_digit_boundp2_6[11:0];
assign sqrt_digit_bound2_7[11:0] = sqrt_secd_round_sign ? sqrt_digit_boundm2_7[11:0] : sqrt_digit_boundp2_7[11:0];
assign sqrt_digit_bound2_8[11:0] = sqrt_secd_round_sign ? sqrt_digit_boundm2_8[11:0] : sqrt_digit_boundp2_8[11:0];
assign sqrt_digit_bound2_9[11:0] = sqrt_secd_round_sign ? sqrt_digit_boundm2_9[11:0] : sqrt_digit_boundp2_9[11:0];
                                                

assign digit_bound_1[11:0] = sqrt_first_round ? 12'h2 : 
                                                sqrt_secd_round ? sqrt_digit_bound2_1[11:0] 
                                                                 : ori_digit_bound_1[11:0]; //-2
assign digit_bound_2[11:0] = sqrt_first_round ? 12'h10 : 
                                                sqrt_secd_round ? sqrt_digit_bound2_2[11:0] 
                                                                : ori_digit_bound_2[11:0]; //-16
assign digit_bound_3[11:0] = sqrt_first_round ? 12'h35 : 
                                                sqrt_secd_round ? sqrt_digit_bound2_3[11:0] 
                                                                : ori_digit_bound_3[11:0]; //-53
assign digit_bound_4[11:0] = sqrt_first_round ? 12'h5f : 
                                                sqrt_secd_round ? sqrt_digit_bound2_4[11:0] 
                                                                : ori_digit_bound_4[11:0]; //-95
assign digit_bound_5[11:0] = sqrt_first_round ? 12'ha0 : 
                                                sqrt_secd_round ? sqrt_digit_bound2_5[11:0] 
                                                                : ori_digit_bound_5[11:0]; //-160
assign digit_bound_6[11:0] = sqrt_first_round ? 12'hf0 : 
                                                sqrt_secd_round ? sqrt_digit_bound2_6[11:0] 
                                                                : ori_digit_bound_6[11:0];    //-240
assign digit_bound_7[11:0] = sqrt_first_round ? 12'h14f : 
                                                sqrt_secd_round ? sqrt_digit_bound2_7[11:0] 
                                                                : ori_digit_bound_7[11:0]; //-335
assign digit_bound_8[11:0] = sqrt_first_round ? 12'h1c2 : 
                                                sqrt_secd_round ? sqrt_digit_bound2_8[11:0] 
                                                                : ori_digit_bound_8[11:0]; //-450
assign digit_bound_9[11:0] = sqrt_first_round ? 12'h23a : 
                                                sqrt_secd_round ? sqrt_digit_bound2_9[11:0] 
                                                                : ori_digit_bound_9[11:0]; //-570
// &ModuleEnd; @1080
endmodule